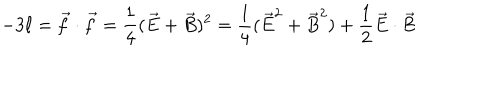
LaTeX: - 3 \ell = \vec { f } \cdot \vec { f } = \frac { 1 } { 4 } ( \vec { E } + \vec { B } ) ^ { 2 } = \frac { 1 } { 4 } ( \vec { E } ^ { 2 } + \vec { B } ^ { 2 } ) + \frac { 1 } { 2 } \vec { E } \cdot \vec { B }